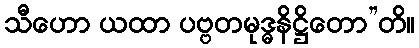
သီဟော ယထာ ပဗ္ဗတမုဒ္ဓနိဋ္ဌိတော”တိ။